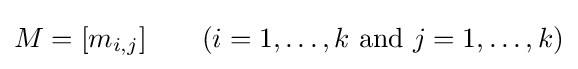
M=[m_{i,j}]\qquad (i=1,\ldots ,k{\text{ and }}j=1,\ldots ,k)